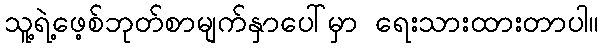
သူ့ရဲ့ဖေ့စ်ဘုတ်စာမျက်နှာပေါ်မှာ ရေးသားထားတာပါ။